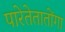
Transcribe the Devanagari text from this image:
पारेतेतातोंगा